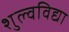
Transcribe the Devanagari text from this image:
शुल्वविद्या